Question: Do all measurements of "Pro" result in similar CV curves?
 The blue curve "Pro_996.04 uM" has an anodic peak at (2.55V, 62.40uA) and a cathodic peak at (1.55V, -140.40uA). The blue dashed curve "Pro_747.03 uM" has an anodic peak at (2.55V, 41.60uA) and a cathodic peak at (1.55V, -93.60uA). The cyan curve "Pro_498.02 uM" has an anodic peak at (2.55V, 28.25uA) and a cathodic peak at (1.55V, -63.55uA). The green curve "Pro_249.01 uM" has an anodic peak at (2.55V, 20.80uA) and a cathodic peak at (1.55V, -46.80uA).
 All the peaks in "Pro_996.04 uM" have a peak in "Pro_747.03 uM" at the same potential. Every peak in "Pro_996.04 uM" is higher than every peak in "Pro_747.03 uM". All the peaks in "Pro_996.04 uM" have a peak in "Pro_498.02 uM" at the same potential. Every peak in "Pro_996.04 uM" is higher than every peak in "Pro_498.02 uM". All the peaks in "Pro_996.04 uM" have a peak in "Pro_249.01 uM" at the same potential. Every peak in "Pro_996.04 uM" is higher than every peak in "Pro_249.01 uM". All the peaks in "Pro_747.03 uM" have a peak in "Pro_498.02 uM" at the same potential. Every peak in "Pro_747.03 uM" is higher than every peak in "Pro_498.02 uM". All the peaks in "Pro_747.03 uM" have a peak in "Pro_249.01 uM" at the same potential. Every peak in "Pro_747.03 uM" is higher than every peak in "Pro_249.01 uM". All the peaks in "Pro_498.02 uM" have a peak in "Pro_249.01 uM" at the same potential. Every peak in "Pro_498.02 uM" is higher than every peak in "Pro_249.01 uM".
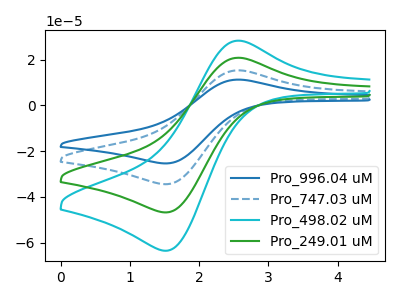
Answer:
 <answer>All the CV's of "Pro" have similar shape.</answer>
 <eval>follow_rule</eval>